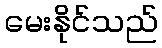
မေးနိုင်သည်